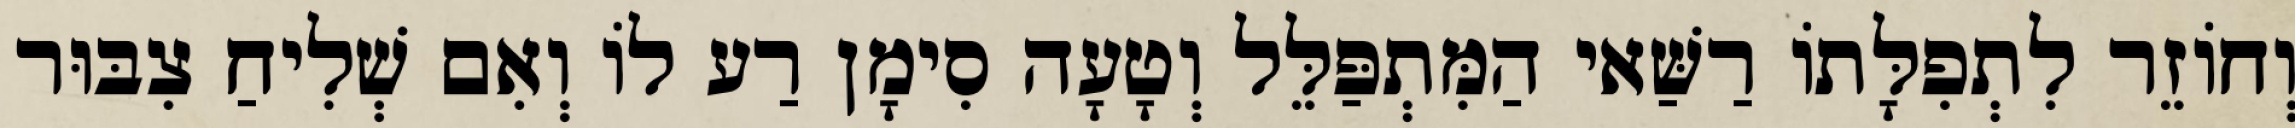
וְחוֹזֵר לִתְפִלָּתוֹ רַשַּׁאי הַמִּתְפַּלֵּל וְטָעָה סִימָן רַע לוֹ וְאִם שְׁלִיחַ צִבּוּר